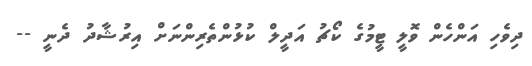
ދިވެހި އަންހެން ވޮލީ ޓީމުގެ ކޯޗު އަދީލް ކުޅުންތެރިންނަށް އިރުޝާދު ދެނީ --